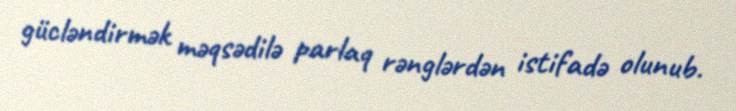
gücləndirmək məqsədilə parlaq rənglərdən istifadə olunub.